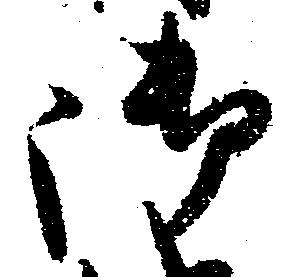
御